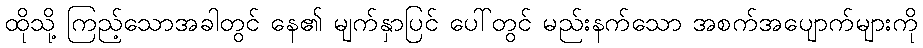
ထိုသို့ ကြည့်သောအခါတွင် နေ၏ မျက်နှာပြင် ပေါ်တွင် မည်းနက်သော အစက်အပျောက်များကို